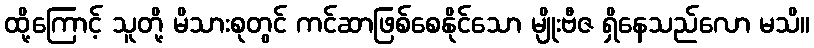
ထို့ကြောင့် သူတို့ မိသားစုတွင် ကင်ဆာဖြစ်စေနိုင်သော မျိုးဗီဇ ရှိနေသည်လော မသိ။